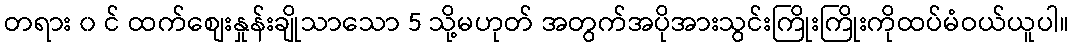
တရား ၀ င် ထက်စျေးနှုန်းချိုသာသော 5 သို့မဟုတ် အတွက်အပိုအားသွင်းကြိုးကြိုးကိုထပ်မံဝယ်ယူပါ။